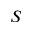
S